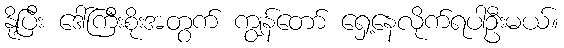
နို့ပြီး ဒေါ်ကြီးစိုးအတွက် ကျွန်တော် ရှေ့နေလိုက်ရပါဦးမယ်။